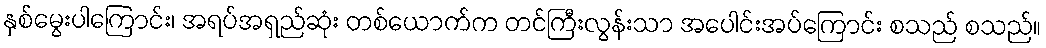
နှစ်မွေးပါကြောင်း၊ အရပ်အရှည်ဆုံး တစ်ယောက်က တင်ကြီးလွန်းသာ အပေါင်းအပ်ကြောင်း စသည် စသည်။